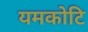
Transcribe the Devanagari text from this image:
यमकोटि